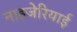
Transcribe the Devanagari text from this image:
नाइजेरियाई